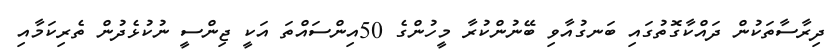
ދިރާސާތަކުން ދައްކާގޮތުގައި ބަނގުއާވި ބޭނުންކުރާ މީހުންގެ 50އިންސައްތަ އަކީ ޖިންސީ ނުކުޅެދުން ތެރިކަމާއި